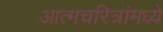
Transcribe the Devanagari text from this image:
आत्मचरित्रांमध्ये